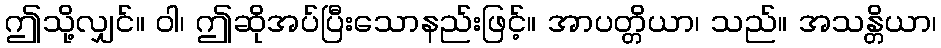
ဤသို့လျှင်။ ဝါ၊ ဤဆိုအပ်ပြီးသောနည်းဖြင့်။ အာပတ္တိယာ၊ သည်။ အသန္တိယာ၊